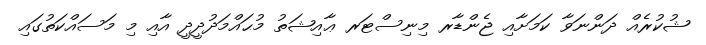
ޝުކުރެއް ދަންނަވާ ކަމަށާއި ޖެންޑާރ މިނިސްޓަރ ޢާއިޝަތު މުޙައްމަދުދީދީ އާއި މި މަސައްކަތުގައި